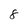
Character: 8